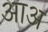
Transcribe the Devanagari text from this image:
आअ